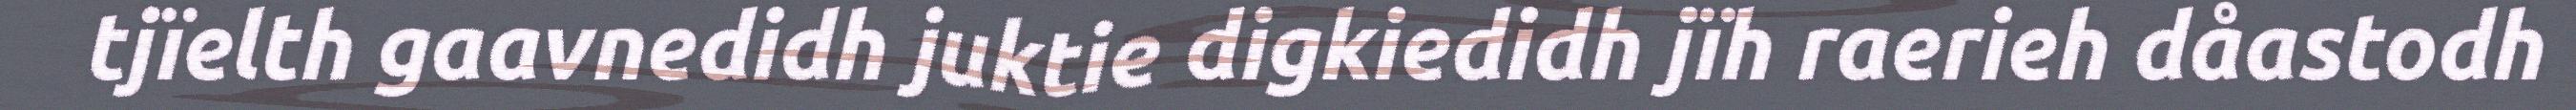
tjïelth gaavnedidh juktie digkiedidh jïh raerieh dåastodh